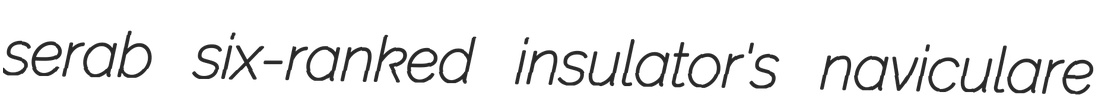
serab six-ranked insulator's naviculare